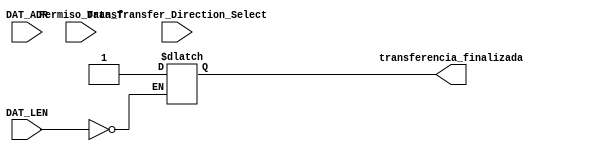
module transferencia(Permiso_Transf, Data_Transfer_Direction_Select, DAT_LEN, DAT_ADR, transferencia_finalizada);

  parameter WAIT= 4'b0001; //DireccinTransferencia
  parameter CARD_TO_HOST= 4'b0010;
  parameter HOST_TO_CARD= 4'b0100;

input Permiso_Transf;
input Data_Transfer_Direction_Select;
input [15:0] DAT_LEN;
input [63:0] DAT_ADR;

output transferencia_finalizada;

wire Permiso_Transf;
wire Data_Transfer_Direction_Select;
wire [15:0] DAT_LEN;
wire [63:0] DAT_ADR;

reg transferencia_finalizada=0;
reg [15:0] transfer_data_length=0;

always @(*) begin 
if (transfer_data_length==DAT_LEN) begin
transferencia_finalizada<=1;
end

else begin
transferencia_finalizada<=transferencia_finalizada;
end 
end

endmodule